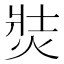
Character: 焋